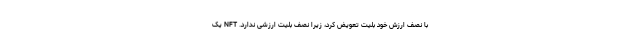
با نصف ارزش خود بلیت تعویض کرد، زیرا نصف بلیت ارزشی ندارد. NFT یک